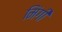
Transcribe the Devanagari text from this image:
मिंगी